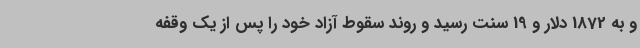
و به 1872 دلار و 19 سنت رسید و روند سقوط آزاد خود را پس از یک وقفه